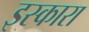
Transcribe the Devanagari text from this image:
इस्कारा